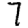
Digit: 7